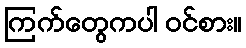
ကြက်တွေကပါ ဝင်စား။